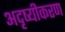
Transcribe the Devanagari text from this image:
अदृष्यीकरण